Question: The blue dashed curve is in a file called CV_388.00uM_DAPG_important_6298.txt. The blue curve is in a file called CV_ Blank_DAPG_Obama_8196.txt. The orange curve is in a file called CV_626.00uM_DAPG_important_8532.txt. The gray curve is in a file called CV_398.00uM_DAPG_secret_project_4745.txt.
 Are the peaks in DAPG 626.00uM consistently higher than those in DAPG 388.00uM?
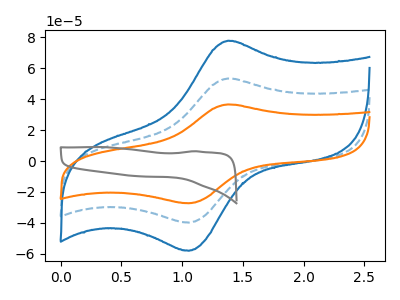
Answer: <think>The blue dashed curve "DAPG 388.00uM" has an anodic peak at (1.40V, 53.40uA) and a cathodic peak at (1.05V, -39.85uA). The blue curve "DAPG  Blank" has an anodic peak at (1.40V, 106.85uA) and a cathodic peak at (1.05V, -79.65uA). The orange curve "DAPG 626.00uM" has an anodic peak at (1.40V, 36.65uA) and a cathodic peak at (1.05V, -27.30uA). The gray curve "DAPG 398.00uM" has no peaks.</think>
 <answer>Every peak in "DAPG 626.00uM" is lower than every peak in "DAPG 388.00uM".</answer>
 <eval>lower</eval>